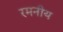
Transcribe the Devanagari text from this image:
रमनीय